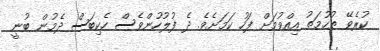
ކުރެވޭ ތުހުމަތު އިއްވުމަށް ފަހު ކަމަށެވެ. ދެ ފުލުހުންވެސް ހެކިބަސް ދެމުން ބުނީ